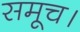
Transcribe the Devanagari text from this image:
समूच।